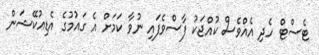
ޓެސްޓް ހެދި އެއްވެސް ކުއްޖަކު ފާސްވެފައި ނުވާ ކަމަށް އެ ގައުމުގެ އެޑިއުކޭޝަން